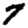
Digit: 7